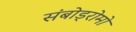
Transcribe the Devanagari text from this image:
संबोड्रोमो